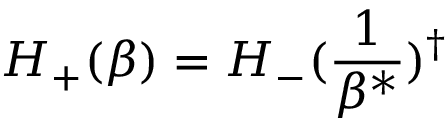
H _ { + } ( \beta ) = H _ { - } ( \frac { 1 } { \beta ^ { * } } ) ^ { \dagger }